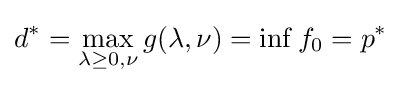
d^{*}=\max _{\lambda \geq 0,\nu }g(\lambda ,\nu )=\inf f_{0}=p^{*}